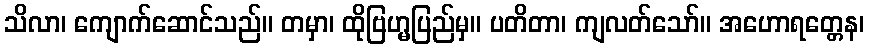
သိလာ၊ ကျောက်ဆောင်သည်။ တမှာ၊ ထိုဗြဟ္မပြည်မှ။ ပတိတာ၊ ကျလတ်သော်။ အဟောရတ္တေန၊